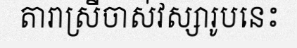
តារាស្រីចាស់វស្សារូបនេះ